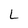
Character: L